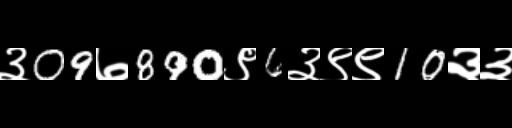
Text: ३09७890९6३९९10३३